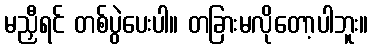
မညှီရင် တစ်ပွဲပေးပါ။ တခြားမလိုတော့ပါဘူး။